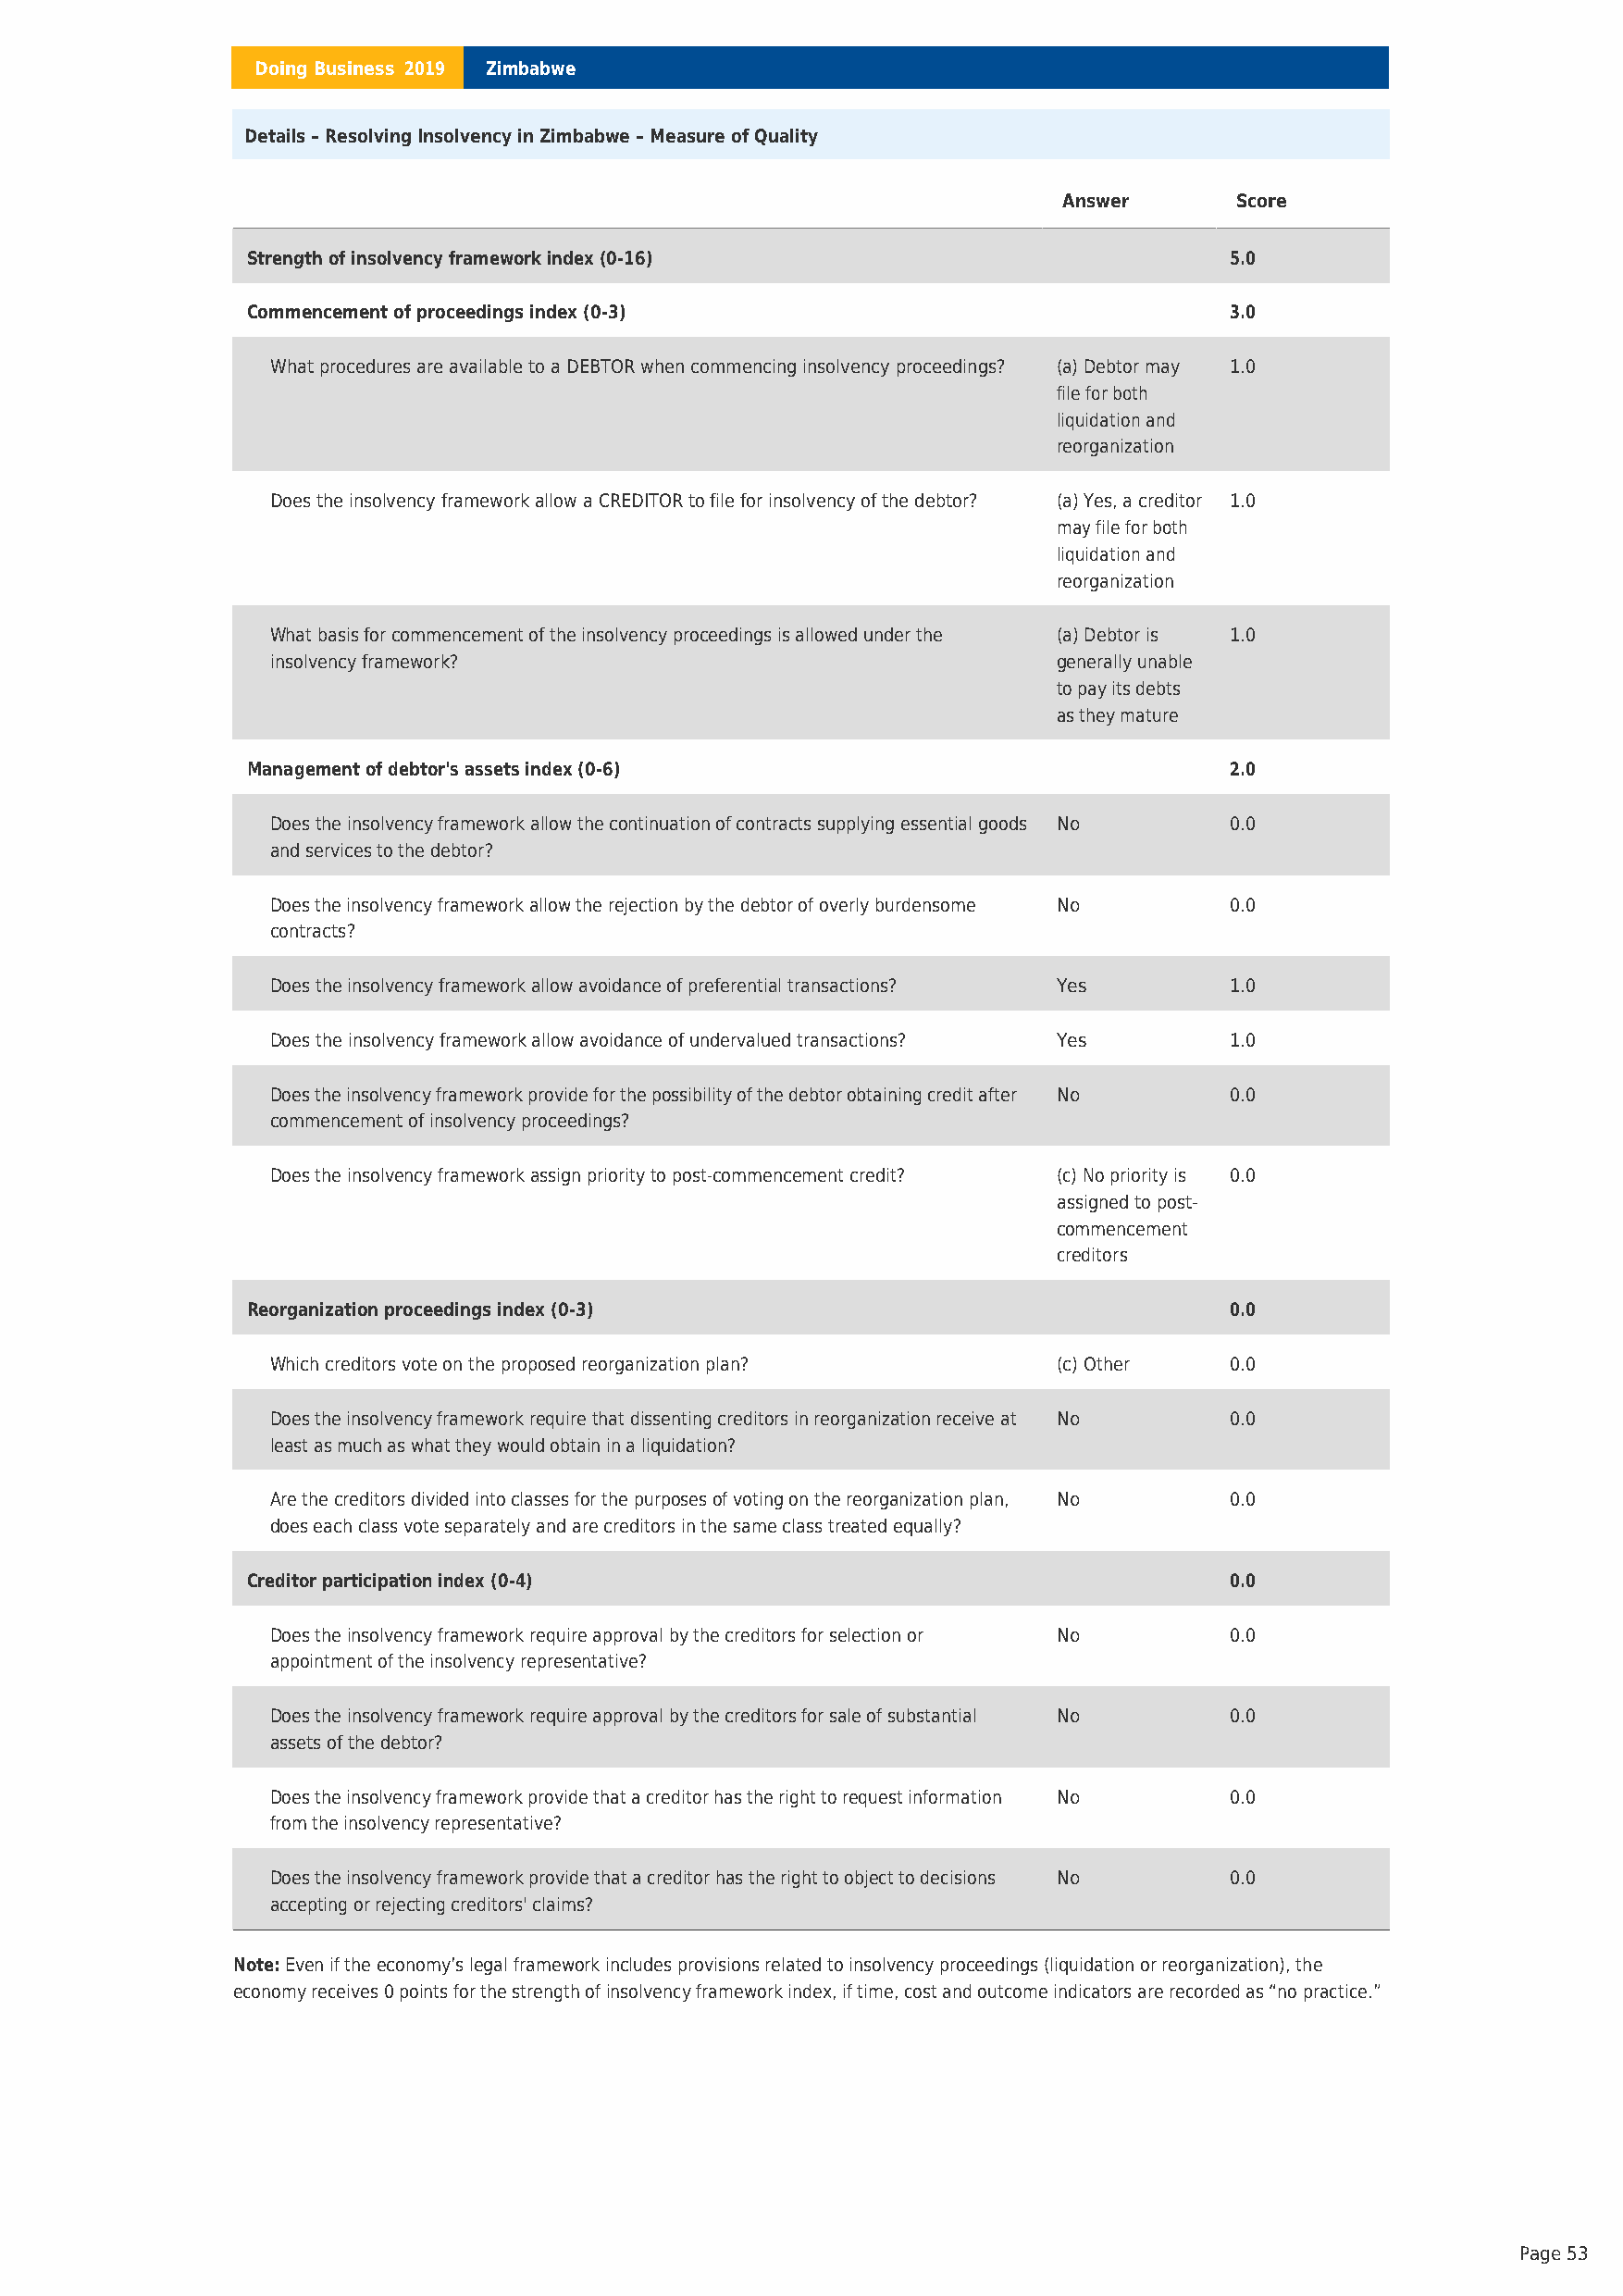
Doing Business 2019 Zimbabwe
 Details – Resolving Insolvency in Zimbabwe – Measure of Quality
 Answer      Score
 Strength of insolvency framework index (0-16)                         5.0
 Commencement of proceedings index (0-3)                               3.0
 What procedures are available to a DEBTOR when commencing insolvency proceedings? (a) Debtor may 1.0
 file for both
 liquidation and
 reorganization
 Does the insolvency framework allow a CREDITOR to file for insolvency of the debtor? (a) Yes, a creditor 1.0
 may file for both
 liquidation and
 reorganization
 What basis for commencement of the insolvency proceedings is allowed under the (a) Debtor is 1.0
 insolvency framework?                                    generally unable
 to pay its debts
 as they mature
 Management of debtor's assets index (0-6)                             2.0
 Does the insolvency framework allow the continuation of contracts supplying essential goods No 0.0
 and services to the debtor?
 Does the insolvency framework allow the rejection by the debtor of overly burdensome No 0.0
 contracts?
 Does the insolvency framework allow avoidance of preferential transactions? Yes 1.0
 Does the insolvency framework allow avoidance of undervalued transactions? Yes 1.0
 Does the insolvency framework provide for the possibility of the debtor obtaining credit after No 0.0
 commencement of insolvency proceedings?
 Does the insolvency framework assign priority to post-commencement credit? (c) No priority is 0.0
 assigned to post-
 commencement
 creditors
 Reorganization proceedings index (0-3)                                0.0
 Which creditors vote on the proposed reorganization plan? (c) Other  0.0
 Does the insolvency framework require that dissenting creditors in reorganization receive at No 0.0
 least as much as what they would obtain in a liquidation?
 Are the creditors divided into classes for the purposes of voting on the reorganization plan, No 0.0
 does each class vote separately and are creditors in the same class treated equally?
 Creditor participation index (0-4)                                    0.0
 Does the insolvency framework require approval by the creditors for selection or No 0.0
 appointment of the insolvency representative?
 Does the insolvency framework require approval by the creditors for sale of substantial No 0.0
 assets of the debtor?
 Does the insolvency framework provide that a creditor has the right to request information No 0.0
 from the insolvency representative?
 Does the insolvency framework provide that a creditor has the right to object to decisions No 0.0
 accepting or rejecting creditors' claims?
 Note:Even if the economy’s legal framework includes provisions related to insolvency proceedings (liquidation or reorganization), the
 economy receives 0 points for the strength of insolvency framework index, if time, cost and outcome indicators are recorded as “no practice.”
 Page 53